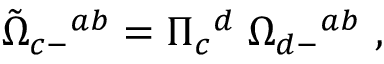
{ \tilde { \Omega } } _ { c - } { } ^ { a b } = \Pi _ { c } { } ^ { d } \; \Omega _ { d - } { } ^ { a b } \ ,